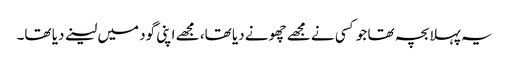
یہ پہلا بچہ تھا جو کسی نے مجھے چھونے دیا تھا، مجھے اپنی گود میں لینے دیا تھا۔